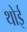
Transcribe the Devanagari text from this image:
थोई